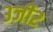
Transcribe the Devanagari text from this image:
३जी२